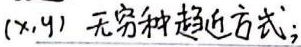
\((x,y)\) 无穷种趋近方式；